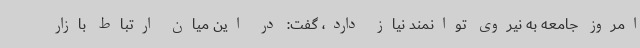
امروز جامعه به نیروی توانمند نیاز دارد، گفت: در این میان ارتباط بازار